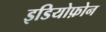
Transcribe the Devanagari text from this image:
इडियोफ़ोन